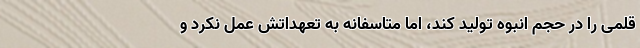
قلمی را در حجم انبوه تولید کند، اما متاسفانه به تعهداتش عمل نکرد و